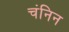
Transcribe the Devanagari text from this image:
चंनिन